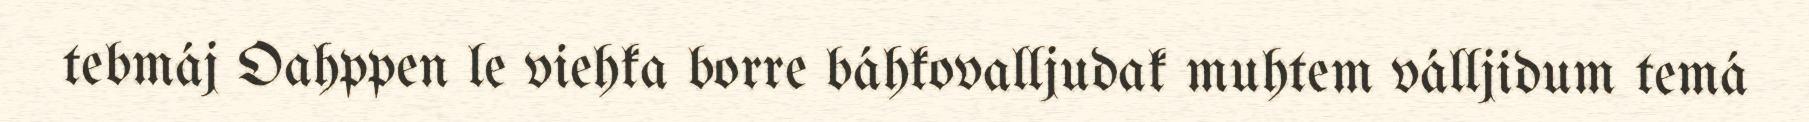
tebmáj Oahppen le viehka borre báhkovalljudak muhtem válljidum temá